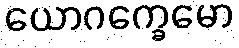
ယောဂက္ခေမော